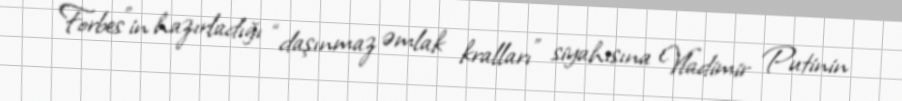
Forbes"in hazırladığı “daşınmaz əmlak kralları” siyahısına Vladimir Putinin